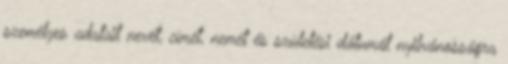
személyes adatait nevét, címét, nemét és születési dátumát nyilvánosságra